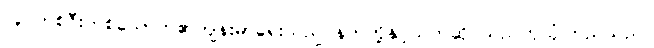
လူ တစ်ဦးတစ်ယောက်၏ကျန်းမာရေးသည် နတ်တို့နှင့်သက်ဆိုင်သည်ဟုယုံကြည်သည်။